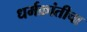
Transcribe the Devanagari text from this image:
धर्मक्रांतीचा